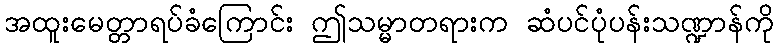
အထူးမေတ္တာရပ်ခံကြောင်း ဤသမ္မာတရားက ဆံပင်ပုံပန်းသဏ္ဍာန်ကို